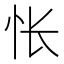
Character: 怅